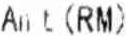
AMT(RM)